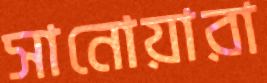
সানোয়ারা